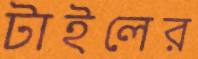
টাইলের